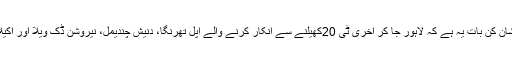
لیکن، سری لنکا کے لئے پریشان کن بات یہ ہے کہ لاہور جا کر آخری ٹی 20کھیلنے سے انکار کرنے والے اُپل تھرنگا، دنیش چندیمل، نیروشن ڈک ویلا اور اکیلادنانجایا ٹیم کا حصہ نہیں ہیں۔